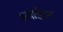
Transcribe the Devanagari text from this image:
सवाईराम